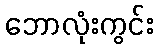
ဘောလုံးကွင်း